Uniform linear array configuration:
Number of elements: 8
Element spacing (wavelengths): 0.75
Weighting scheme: hann
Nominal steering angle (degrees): -45
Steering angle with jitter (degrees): -45.939
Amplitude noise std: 0.05
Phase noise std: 0.05

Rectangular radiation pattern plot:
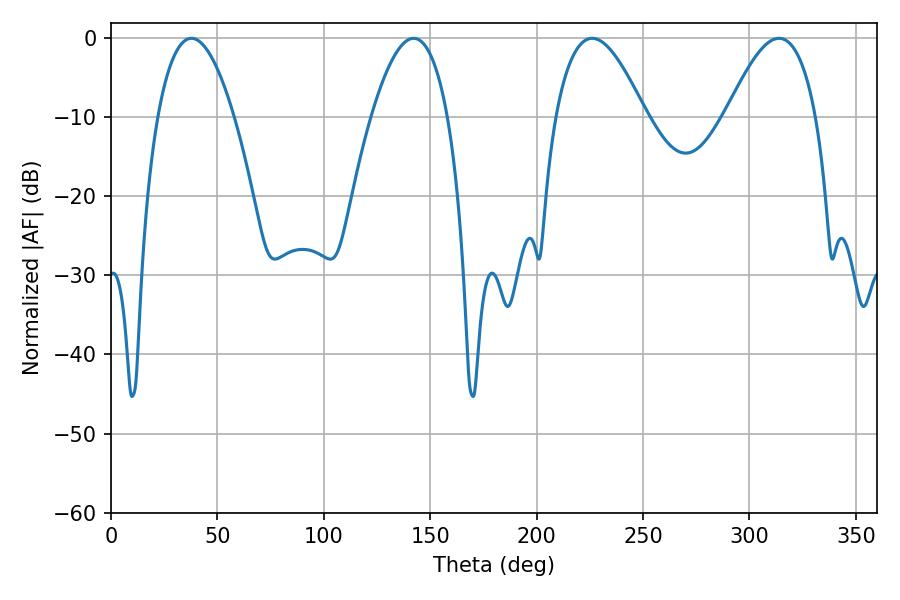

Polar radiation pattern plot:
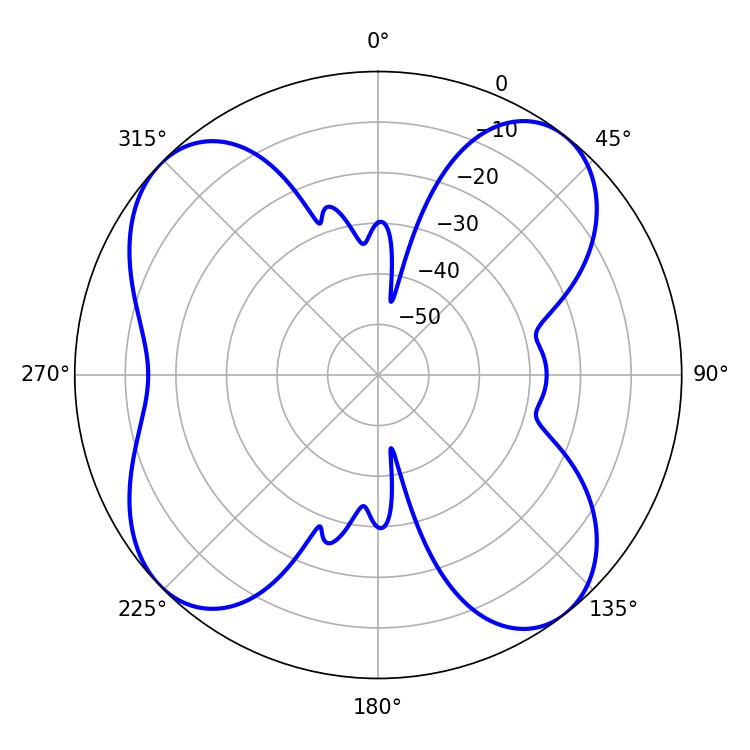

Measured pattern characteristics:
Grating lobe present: TRUE
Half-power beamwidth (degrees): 19.8
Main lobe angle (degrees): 37.8